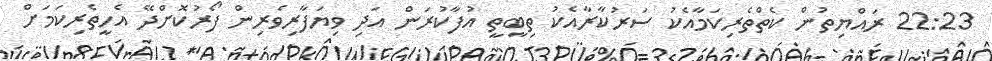
22:23 ރައްޔިތުން ކެތްތެރިކަމާއެކު ސަރުކާރާއެކު ތިބީތީ އުފާކުރަން އަދި ވިޔަފާރިވެރިން ފޯރުކޮށްދޭ އެހީތެރިކަމަށް